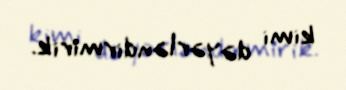
kimi dəyərləndirmirik.